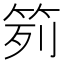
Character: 𥬭